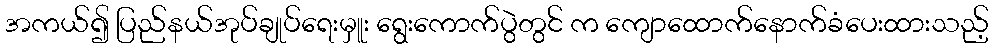
အကယ်၍ ပြည်နယ်အုပ်ချုပ်ရေးမှူး ရွေးကောက်ပွဲတွင် က ကျောထောက်နောက်ခံပေးထားသည့်